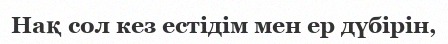
Нақ сол кез естідім мен ер дүбірін,